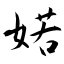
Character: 婼